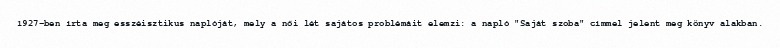
1927-ben írta meg esszéisztikus naplóját, mely a női lét sajátos problémáit elemzi: a napló "Saját szoba" címmel jelent meg könyv alakban.